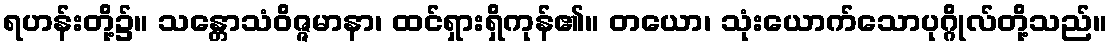
ရဟန်းတို့၌။ သန္တောသံဝိဇ္ဇမာနာ၊ ထင်ရှားရှိကုန်၏။ တယော၊ သုံးယောက်သောပုဂ္ဂိုလ်တို့သည်။